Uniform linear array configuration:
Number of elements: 48
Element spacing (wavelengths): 1
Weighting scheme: uniform
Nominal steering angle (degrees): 30
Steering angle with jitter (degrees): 28.218
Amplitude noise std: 0.05
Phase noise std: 0.05

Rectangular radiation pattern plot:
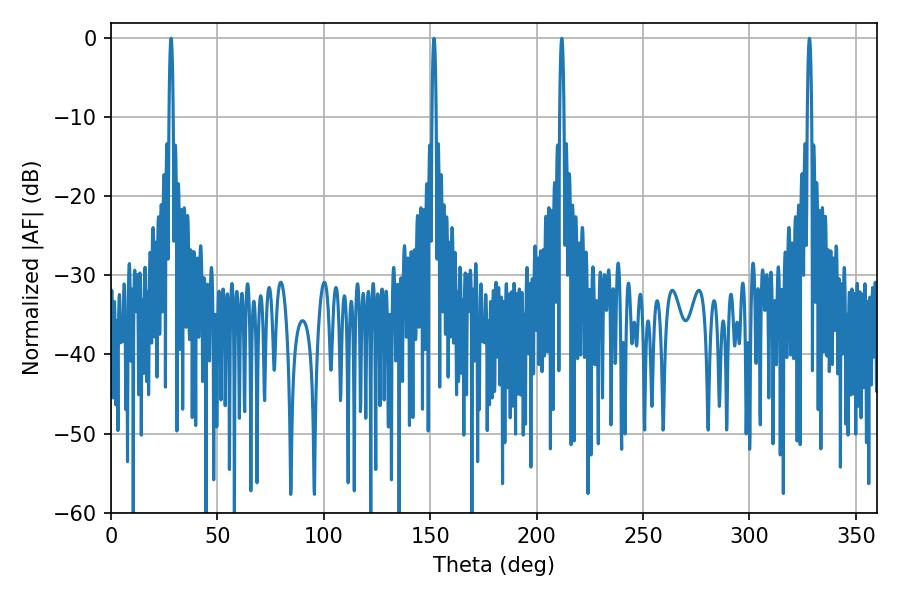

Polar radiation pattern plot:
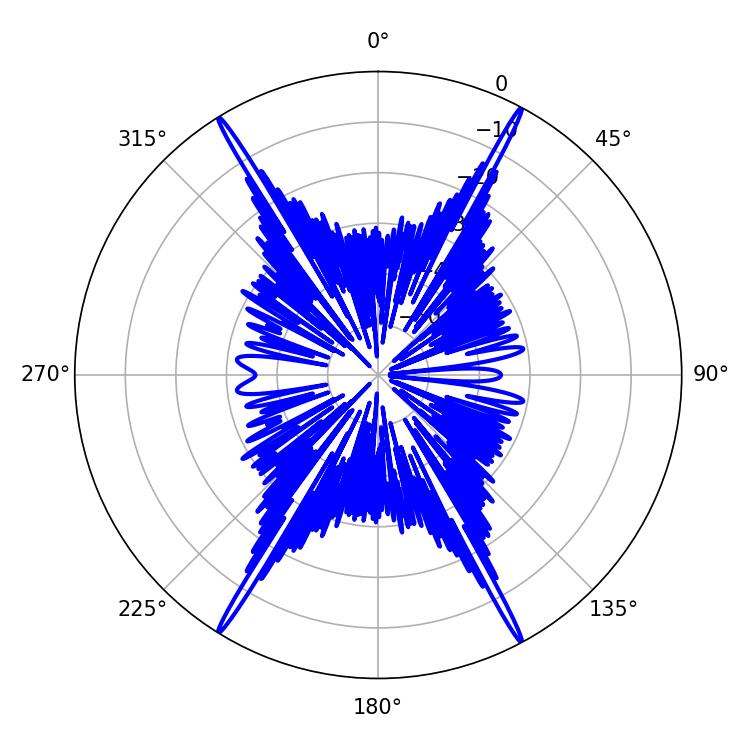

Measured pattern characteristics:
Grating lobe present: TRUE
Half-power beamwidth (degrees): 1.08
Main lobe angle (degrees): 28.26